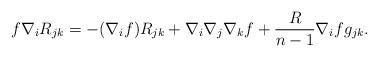
LaTeX: \begin{align*}f\nabla_{i}R_{jk}=-(\nabla_{i}f)R_{jk}+\nabla_{i}\nabla_{j}\nabla_{k}f+\frac{R}{n-1}\nabla_{i}fg_{jk}.\end{align*}